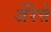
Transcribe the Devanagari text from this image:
जेंरेत्ते